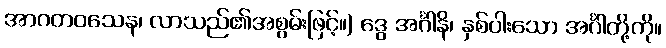
အာဂတဝသေန၊ လာသည်၏အစွမ်းဖြင့်။) ဒွေ အင်္ဂါနိ၊ နှစ်ပါးသော အင်္ဂါတို့ကို။